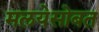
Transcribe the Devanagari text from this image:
मलयेसोबत